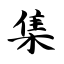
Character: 集